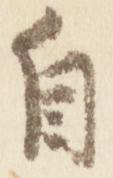
自